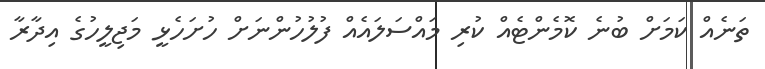
ތަނެއް ކަމަށް ބުނެ ކޮމެންޓެއް ކުރި މައްސަލައެއް ފުލުހުންނަށް ހުށަހެޅީ މަޖިލީހުގެ އިދާރާ